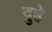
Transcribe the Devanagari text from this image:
दुहे